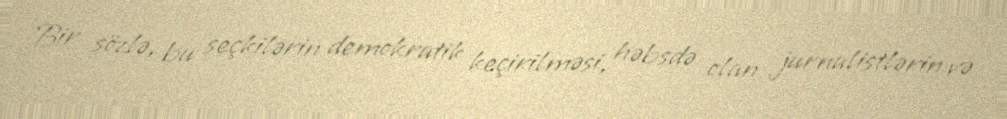
Bir sözlə, bu seçkilərin demokratik keçirilməsi, həbsdə olan jurnalistlərin və